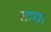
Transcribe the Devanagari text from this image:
सारा।